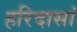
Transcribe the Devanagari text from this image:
हरिदासां